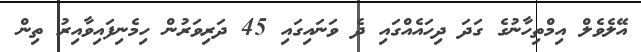
އޭލެވެލް އިމްތިހާނުގެ ގަދަ ދިހައެއްގައި ދެ ވަނަައިގައި 45 ދަރިވަރުން ހިމެނިފައިވާއިރު ތިން